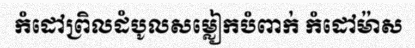
កំដៅព្រិលដំបូលសម្លៀកបំពាក់ កំដៅម៉ាស